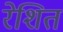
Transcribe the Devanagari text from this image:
रेशित